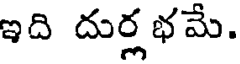
ఇది దుర్లభమే.